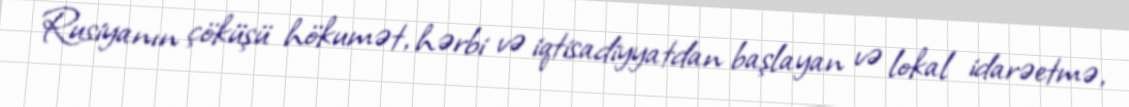
Rusiyanın çöküşü hökumət, hərbi və iqtisadiyyatdan başlayan və lokal idarəetmə,